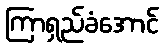
ကြာရှည်ခံအောင်